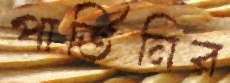
পার্তিনির